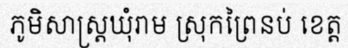
ភូមិសាស្ត្រឃុំរាម ស្រុកព្រៃនប់ ខេត្ត